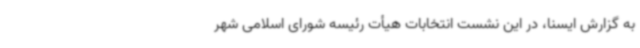
به گزارش ایسنا، در این نشست انتخابات هیأت رئیسه شورای اسلامی شهر